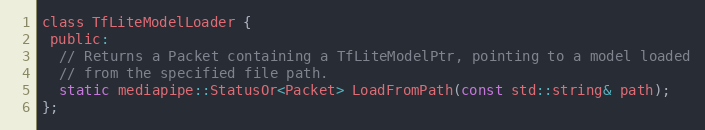
Language: C
class TfLiteModelLoader {
 public:
  // Returns a Packet containing a TfLiteModelPtr, pointing to a model loaded
  // from the specified file path.
  static mediapipe::StatusOr<Packet> LoadFromPath(const std::string& path);
};